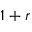
1 + r